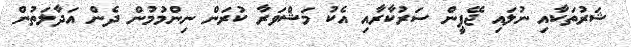
ޝަރުތަކާއި ނުލައި ޖޭޕީން ސަރުކާރާއި އެކު މަޝްވަރާ ކުރަން ނިންމުމުން ދެން އަދާލަތުން